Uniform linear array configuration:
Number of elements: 8
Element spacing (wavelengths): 0.75
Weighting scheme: exponential
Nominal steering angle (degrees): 15
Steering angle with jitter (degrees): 15.82
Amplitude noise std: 0.05
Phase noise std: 0.05

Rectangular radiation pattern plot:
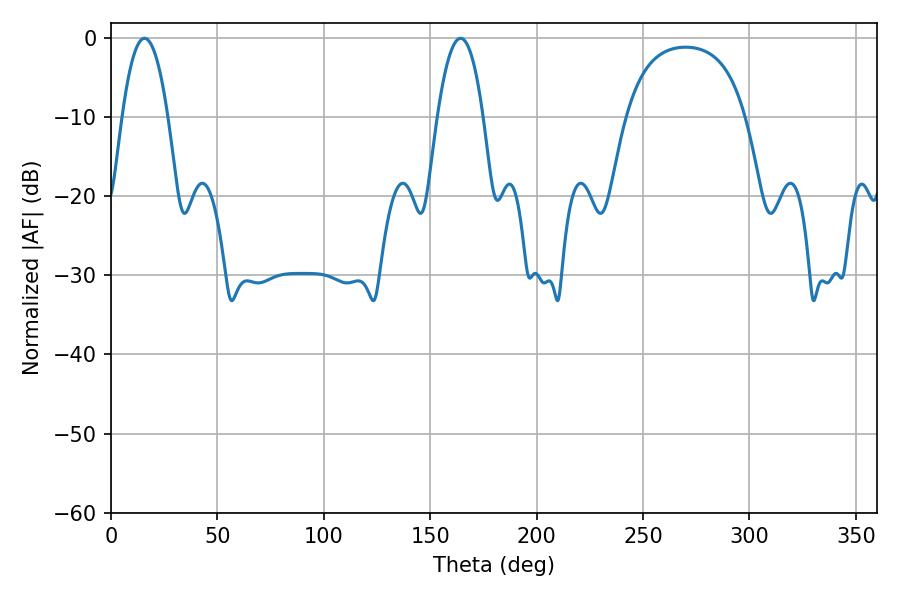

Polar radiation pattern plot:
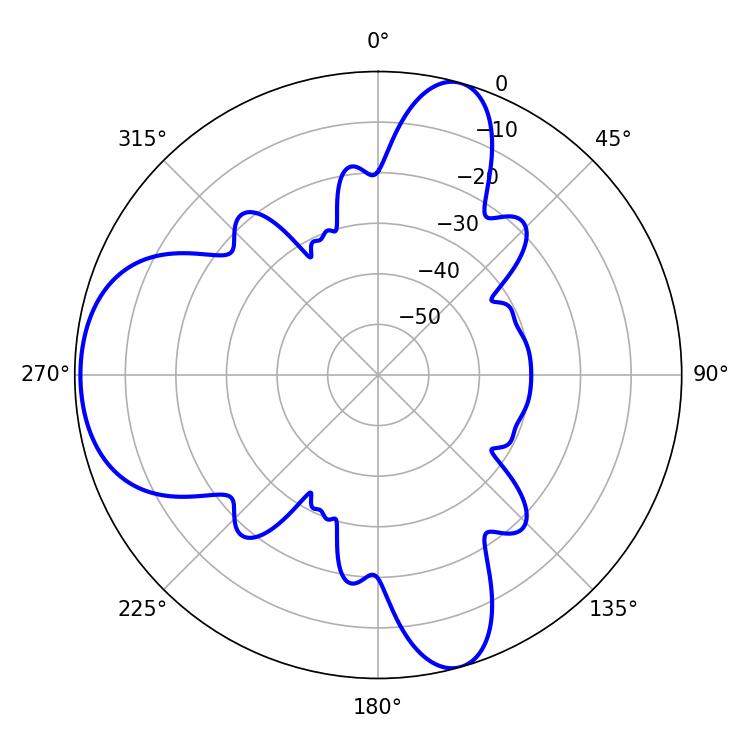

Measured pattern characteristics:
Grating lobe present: TRUE
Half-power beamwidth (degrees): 11.88
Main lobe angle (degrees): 15.66